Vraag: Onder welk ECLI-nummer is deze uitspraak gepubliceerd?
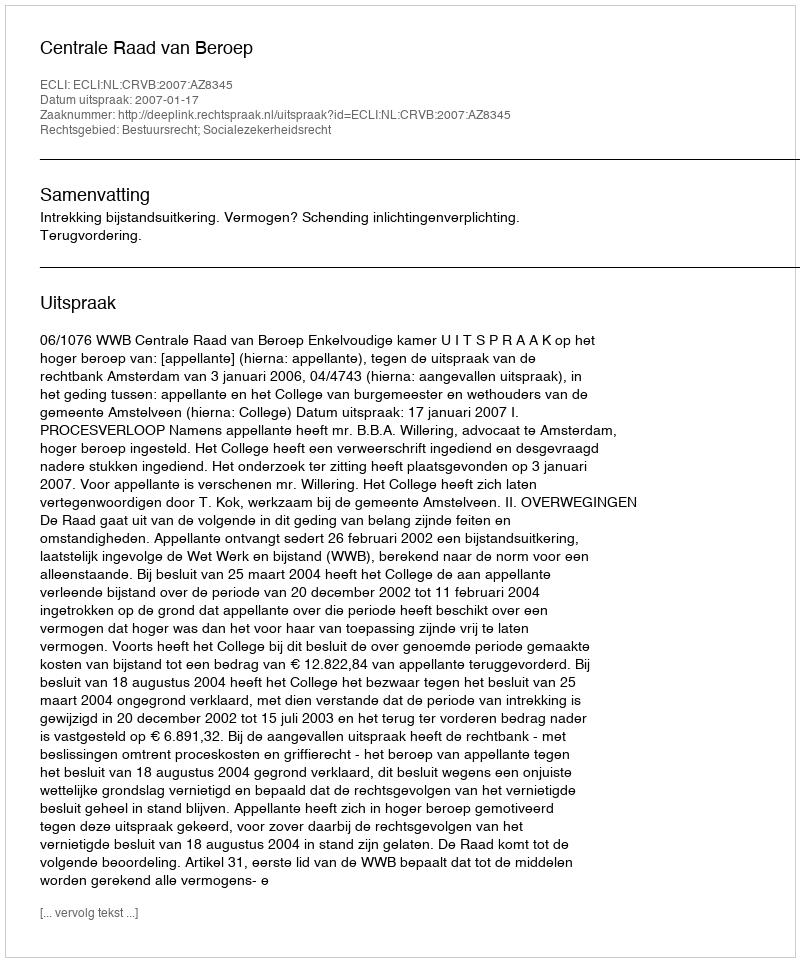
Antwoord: ECLI:NL:CRVB:2007:AZ8345